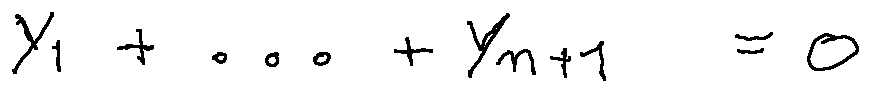
y _ { 1 } + \ldots + y _ { n + 1 } = 0